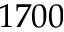
1 7 0 0